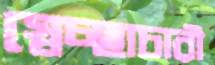
স্বেচ্ছাচারী